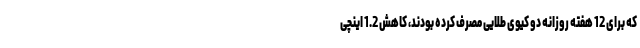
که برای 12 هفته روزانه دو کیوی طلایی مصرف کرده بودند، کاهش 1.2 اینچی